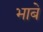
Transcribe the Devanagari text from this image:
भाबे